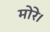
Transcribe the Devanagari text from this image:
मोरे।